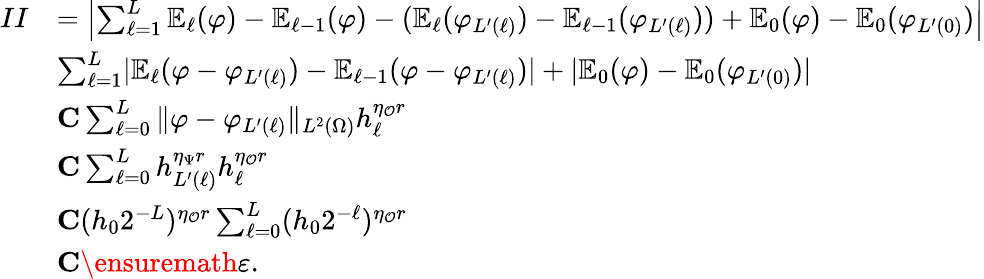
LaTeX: \begin{array}{rl}{II}&{=\left|\sum_{\ell=1}^{L}\mathbb{E}_{\ell}(\varphi)-\mathbb{E}_{\ell-1}(\varphi)-(\mathbb{E}_{\ell}(\varphi_{L^{\prime}(\ell)})-\mathbb{E}_{\ell-1}(\varphi_{L^{\prime}(\ell)}))+\mathbb{E}_{0}(\varphi)-\mathbb{E}_{0}(\varphi_{L^{\prime}(0)})\right|}\\ &{\le\sum_{\ell=1}^{L}|\mathbb{E}_{\ell}(\varphi-\varphi_{L^{\prime}(\ell)})-\mathbb{E}_{\ell-1}(\varphi-\varphi_{L^{\prime}(\ell)})|+|\mathbb{E}_{0}(\varphi)-\mathbb{E}_{0}(\varphi_{L^{\prime}(0)})|}\\ &{\le C\sum_{\ell=0}^{L}\| \varphi-\varphi_{L^{\prime}(\ell)}\| _{L^{2}(\Omega)}h_{\ell}^{\eta_{\mathcal{O}}r}}\\ &{\le C\sum_{\ell=0}^{L}h_{L^{\prime}(\ell)}^{\eta_{\Psi}r}h_{\ell}^{\eta_{\mathcal{O}}r}}\\ &{\le C(h_{0}2^{-L})^{\eta_{\mathcal{O}}r}\sum_{\ell=0}^{L}(h_{0}2^{-\ell})^{\eta_{\mathcal{O}}r}}\\ &{\le C\ensuremath{\varepsilon}.}\end{array}